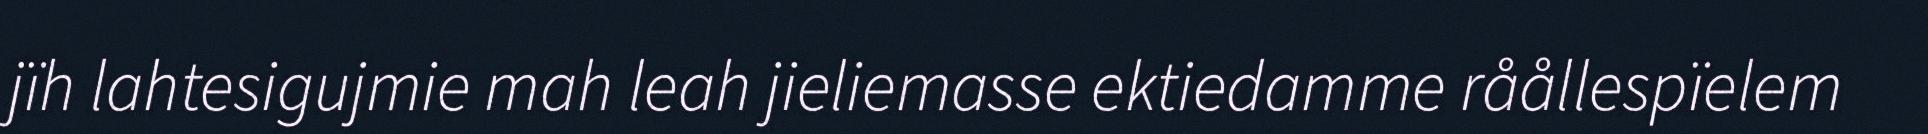
jïh lahtesigujmie mah leah jieliemasse ektiedamme råållespïelem